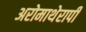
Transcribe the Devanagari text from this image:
अरोमाथेरापी